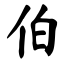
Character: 伯